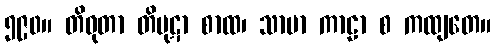
၅၉၀။ တိဝုတာ တိပုဋာ စာထ၊ သာမာ ကာဠာ စ ကထျတေ။